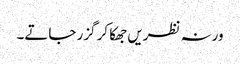
ورنہ نظریں جھکا کر گزر جاتے۔